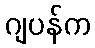
ဂျပန်က